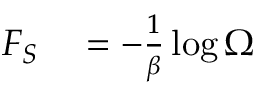
\begin{array} { r l } { F _ { S } } & { { } = - \frac { 1 } { \beta } \log \Omega } \end{array}